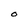
Character: O